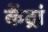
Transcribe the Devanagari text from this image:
केंद्रां